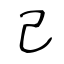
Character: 己